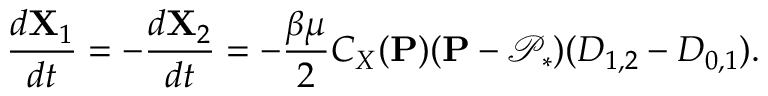
\frac { d \mathbf { X } _ { 1 } } { d t } = - \frac { d \mathbf { X } _ { 2 } } { d t } = - \frac { \beta \mu } { 2 } C _ { X } ( \mathbf { P } ) ( \mathbf { P } - \mathcal { P } _ { * } ) ( D _ { 1 , 2 } - D _ { 0 , 1 } ) .